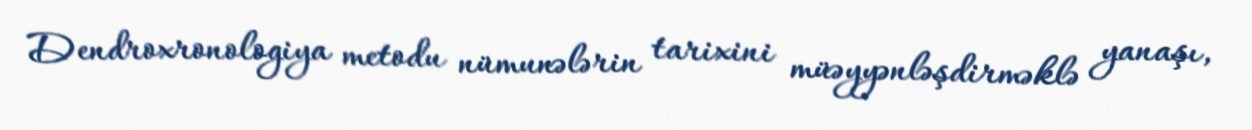
Dendroxronologiya metodu nümunələrin tarixini müəyyənləşdirməklə yanaşı,